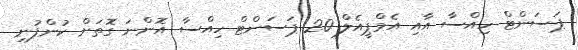
ޕަސަންޓް ހިއްސާ އާއި އެމްޕީއެލް 20 ޕަސަންޓް ހިއްސާ އޮންނަ ގޮތަށް ކުންފުނި